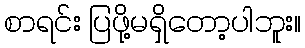
စာရင်း ပြဖို့မရှိတော့ပါဘူး။